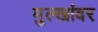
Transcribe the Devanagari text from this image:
मुल्खांवर